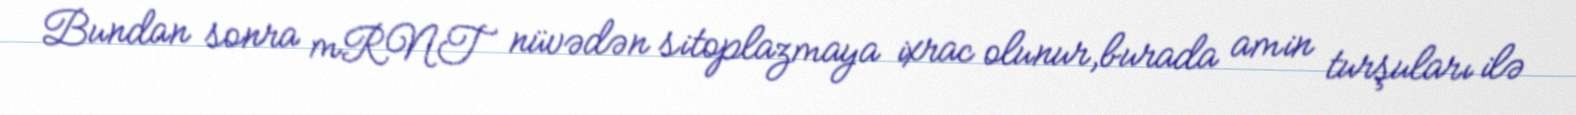
Bundan sonra mRNT nüvədən sitoplazmaya ixrac olunur,burada amin turşuları ilə